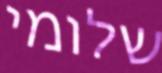
שלומי